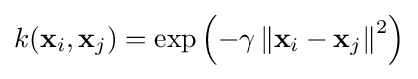
k(\mathbf {x} _{i},\mathbf {x} _{j})=\exp \left(-\gamma \left\|\mathbf {x} _{i}-\mathbf {x} _{j}\right\|^{2}\right)